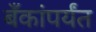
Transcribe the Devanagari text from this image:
बँकांपर्यंत